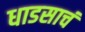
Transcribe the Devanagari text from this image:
धाडसाचं